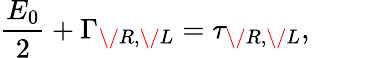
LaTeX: \frac{E_{0}}{2}+\Gamma_{{\/ R},{\/ L}}=\tau_{{\/ R},{\/ L}},\qquad